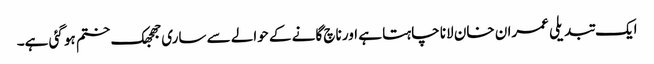
ایک تبدیلی عمران خان لانا چاہتا ہے اور ناچ گانے کے حوالے سے ساری جھجھک ختم ہو گئی ہے۔